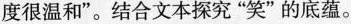
度很温和”。结合文本探究“笑”的底蕴。